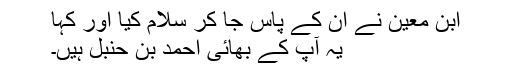
ابن معین نے ان کے پاس جا کر سلام کیا اور کہا
یہ آپ کے بھائی احمد بن حنبل ہیں۔